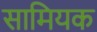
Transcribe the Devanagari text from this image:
सामियक